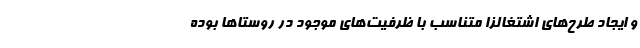
و ایجاد طرح‌های اشتغالزا متناسب با ظرفیت‌های موجود در روستاها بوده